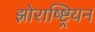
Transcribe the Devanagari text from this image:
झोराष्ष्ट्रियन